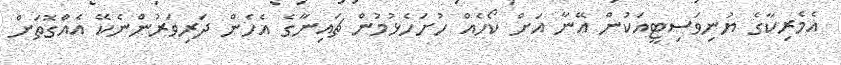
އެމެރިކާގެ ޔުނިވަސިޓީއަކުން އޭނާ އަށް ކޯހެއް ހުށަހެޅުމުން ޗައިނާގެ އެހެން ދަރިވަރުންނެކޭ އެއްގޮތަށް